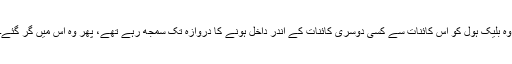
وہ بلیک ہول کو اس کائنات سے کسی دوسری کائنات کے اندر داخل ہونے کا دروازہ تک سمجھ رہے تھے، پھر وہ اس میں گر گئے۔